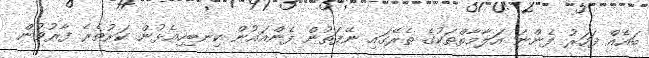
ބައެއް ފަހަރު ފެންނަ އަލާމާތްތަކުގެ ތެރޭގައި ނޭފަތުން ފެންއައުން ކިނބިހިއެޅުން ކަރުތެރެ ފާރުވުން